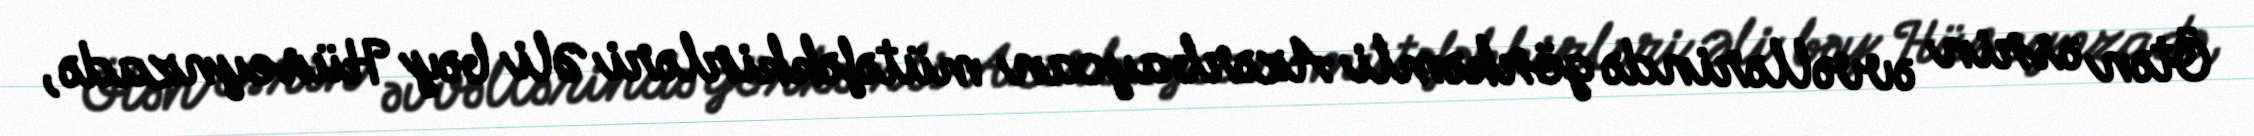
Ötən əsrin əvvəllərində görkəmli Azərbaycan mütəfəkkirləri Əli bəy Hüseynzadə,